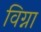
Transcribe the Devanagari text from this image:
विग्ना